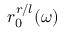
r _ { 0 } ^ { r / l } ( \omega )